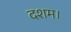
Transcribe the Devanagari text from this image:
दशम।